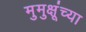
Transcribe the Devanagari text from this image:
मुमुक्षूंच्या